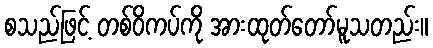
စသည်ဖြင့် တစ်ဝိကပ်ကို အားထုတ်တော်မူသတည်း။